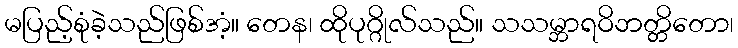
မပြည့်စုံခဲ့သည်ဖြစ်အံ့။ တေန၊ ထိုပုဂ္ဂိုလ်သည်။ သသမ္ဘာရဝိဘတ္တိတော၊